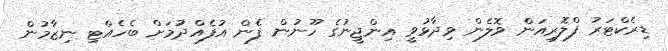
ޑިރެކްޓަރު ފްލޮރިއަން ވޮލެން ވިދާޅުވީ އިންޖީނުގެ ހޫނުން ފެން އުފެއްދުމަށް ބެހެއްޓި ނިޒާމުން